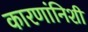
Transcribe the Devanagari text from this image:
कारणांनिशी